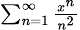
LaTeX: \scriptstyle\sum_{n=1}^{\infty}{\frac{x^{n}}{n^{2}}}